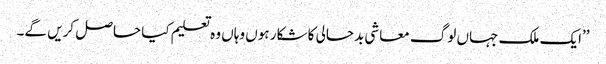
’’ایک ملک جہاں لوگ معاشی بدحالی کا شکار ہوں وہاں وہ تعلیم کیا حاصل کریں گے۔